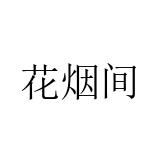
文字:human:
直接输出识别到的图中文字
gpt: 花烟间